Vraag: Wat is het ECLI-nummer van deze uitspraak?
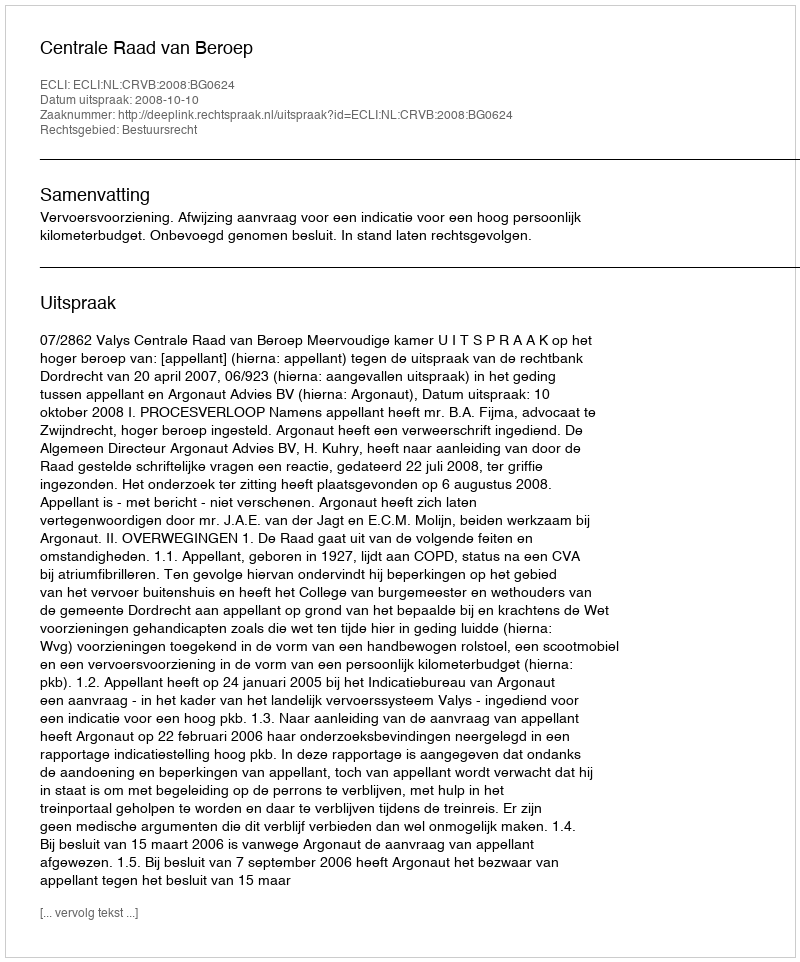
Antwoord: ECLI:NL:CRVB:2008:BG0624